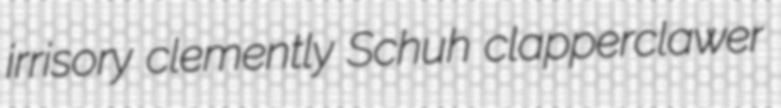
irrisory clemently Schuh clapperclawer